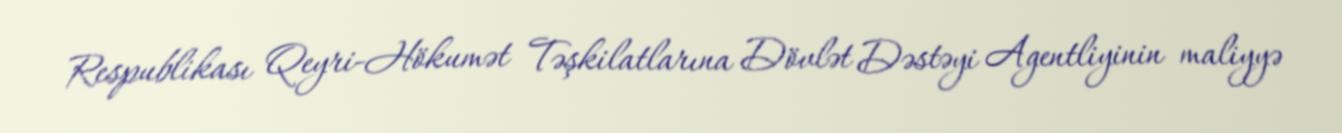
Respublikası Qeyri-Hökumət Təşkilatlarına Dövlət Dəstəyi Agentliyinin maliyyə